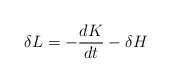
\begin{align*}\delta L=-\frac{dK}{dt}-\delta H\end{align*}